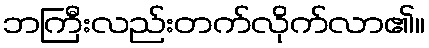
ဘကြီးလည်းတက်လိုက်လာ၏။